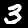
Digit: 3